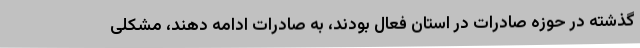
گذشته در حوزه صادرات در استان فعال بودند، به صادرات ادامه دهند، مشکلی